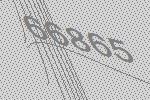
66865